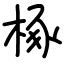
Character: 椓